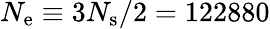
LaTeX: N_{\mathrm{e}}\equiv 3N_{\mathrm{s}}/2=122880